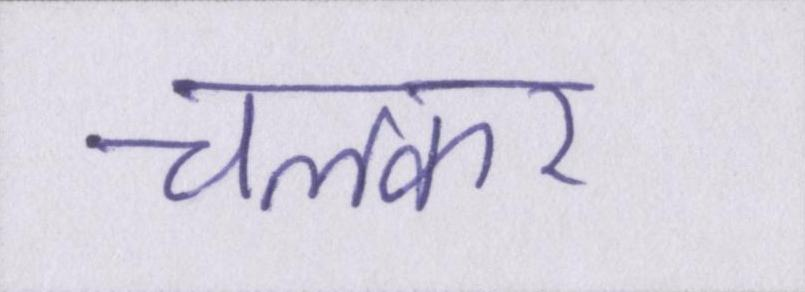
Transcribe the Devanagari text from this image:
चलकर